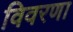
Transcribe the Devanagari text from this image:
विवरणा